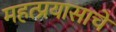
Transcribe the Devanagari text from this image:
महत्प्रयासाचे